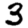
Digit: 3